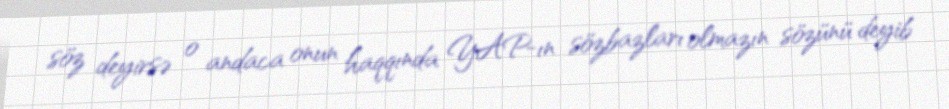
söz deyirsə o andaca onun haqqında YAP-ın sözbazları olmazın sözünü deyib